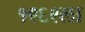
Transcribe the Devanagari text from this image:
१९६९ला